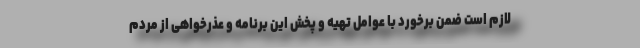
لازم است ضمن برخورد با عوامل تهیه و پخش این برنامه و عذرخواهی از مردم